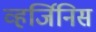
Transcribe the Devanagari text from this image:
व्हर्जिनिस